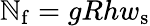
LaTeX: \mathbb{N}_{\mathrm{{f}}}=gRhw_{\mathrm{{s}}}